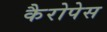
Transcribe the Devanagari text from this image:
कैरोपेस